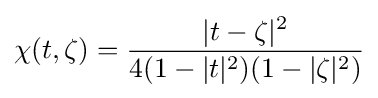
\chi (t,\zeta )={\frac {|t-\zeta |^{2}}{4(1-|t|^{2})(1-|\zeta |^{2})}}